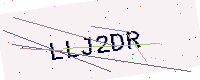
Text: LLJ2DR